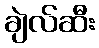
ချဲလ်ဆီး